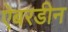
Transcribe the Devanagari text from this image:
ऐबरडीन